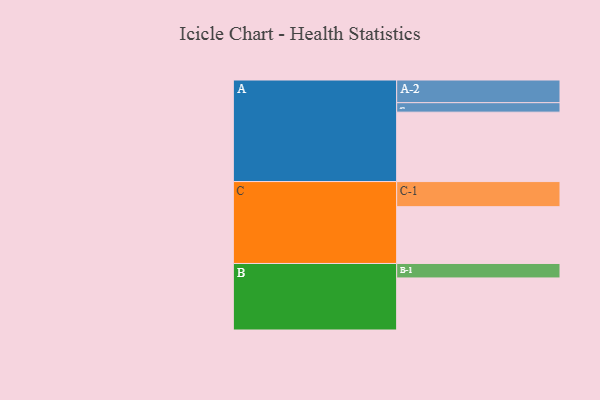
{"axis": {"x": "Segment", "y": "Value"}, "legend": ["", "A", "B", "C"], "data": [{"x": "A", "y": 600, "type": ""}, {"x": "B", "y": 450, "type": ""}, {"x": "C", "y": 491, "type": ""}, {"x": "A-1", "y": 82, "type": "A"}, {"x": "A-2", "y": 196, "type": "A"}, {"x": "B-1", "y": 125, "type": "B"}, {"x": "C-1", "y": 217, "type": "C"}]}